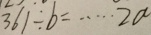
3 6 1 \div b = \cdots 2 a